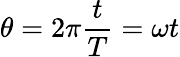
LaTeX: \theta=2\pi{\frac{t}{T}}=\omega t